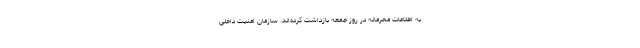
به اطلاعات محرمانه در روز جمعه بازداشت کرده‌اند. سازمان امنیت داخلی